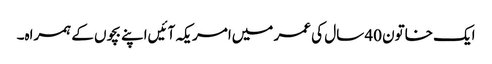
ایک خاتون 40 سال کی عمر میں‌امریکہ آئیں‌اپنے بچوں کے ہمراہ۔